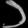
Digit: ၁